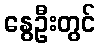
နွေဦးတွင်